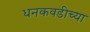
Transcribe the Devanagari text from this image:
धनकवडीच्या